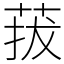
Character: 菝